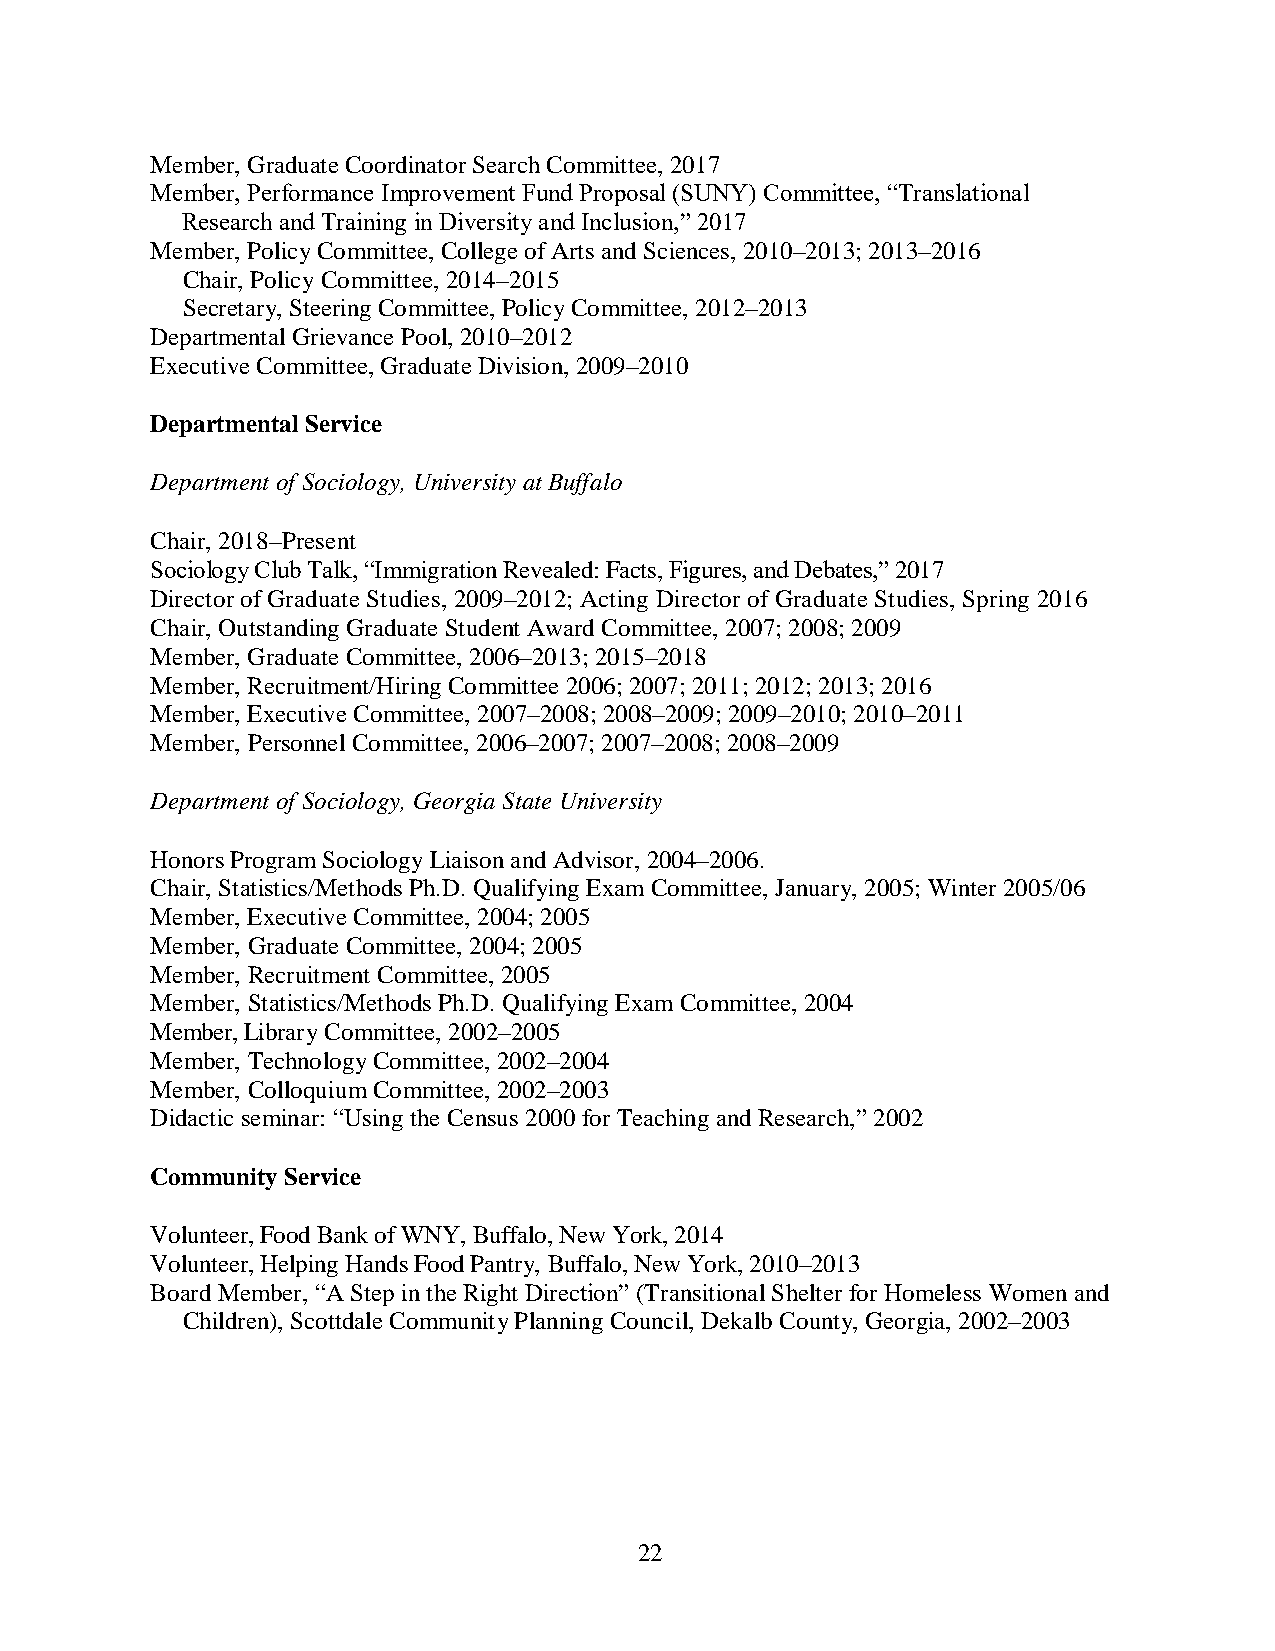
Member, Graduate Coordinator Search Committee, 2017
 Member, Performance Improvement Fund Proposal (SUNY) Committee, “Translational
 Research and Training in Diversity and Inclusion,” 2017
 Member, Policy Committee, College of Arts and Sciences, 2010–2013; 2013–2016
 Chair, Policy Committee, 2014–2015
 Secretary, Steering Committee, Policy Committee, 2012–2013
 Departmental Grievance Pool, 2010–2012
 Executive Committee, Graduate Division, 2009–2010
 Departmental Service
 Department of Sociology, University at Buffalo
 Chair, 2018–Present
 Sociology Club Talk, “Immigration Revealed: Facts, Figures, and Debates,” 2017
 Director of Graduate Studies, 2009–2012; Acting Director of Graduate Studies, Spring 2016
 Chair, Outstanding Graduate Student Award Committee, 2007; 2008; 2009
 Member, Graduate Committee, 2006–2013; 2015–2018
 Member, Recruitment/Hiring Committee 2006; 2007; 2011; 2012; 2013; 2016
 Member, Executive Committee, 2007–2008; 2008–2009; 2009–2010; 2010–2011
 Member, Personnel Committee, 2006–2007; 2007–2008; 2008–2009
 Department of Sociology, Georgia State University
 Honors Program Sociology Liaison and Advisor, 2004–2006.
 Chair, Statistics/Methods Ph.D. Qualifying Exam Committee, January, 2005; Winter 2005/06
 Member, Executive Committee, 2004; 2005
 Member, Graduate Committee, 2004; 2005
 Member, Recruitment Committee, 2005
 Member, Statistics/Methods Ph.D. Qualifying Exam Committee, 2004
 Member, Library Committee, 2002–2005
 Member, Technology Committee, 2002–2004
 Member, Colloquium Committee, 2002–2003
 Didactic seminar: “Using the Census 2000 for Teaching and Research,” 2002
 Community Service
 Volunteer, Food Bank of WNY, Buffalo, New York, 2014
 Volunteer, Helping Hands Food Pantry, Buffalo, New York, 2010–2013
 Board Member, “A Step in the Right Direction” (Transitional Shelter for Homeless Women and
 Children), Scottdale Community Planning Council, Dekalb County, Georgia, 2002–2003
 22